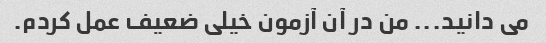
می دانید... من در آن آزمون خیلی ضعیف عمل کردم.